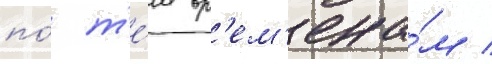
по́ т'е́м вр'ем'ена́м /